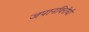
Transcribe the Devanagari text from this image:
जपानविरोधी